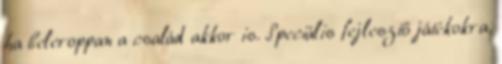
ha beleroppan a család akkor is. Speciális fejlesztő játékokra,